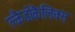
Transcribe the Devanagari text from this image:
क्लैडोकैलिक्स